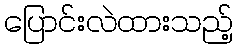
ပြောင်းလဲထားသည့်